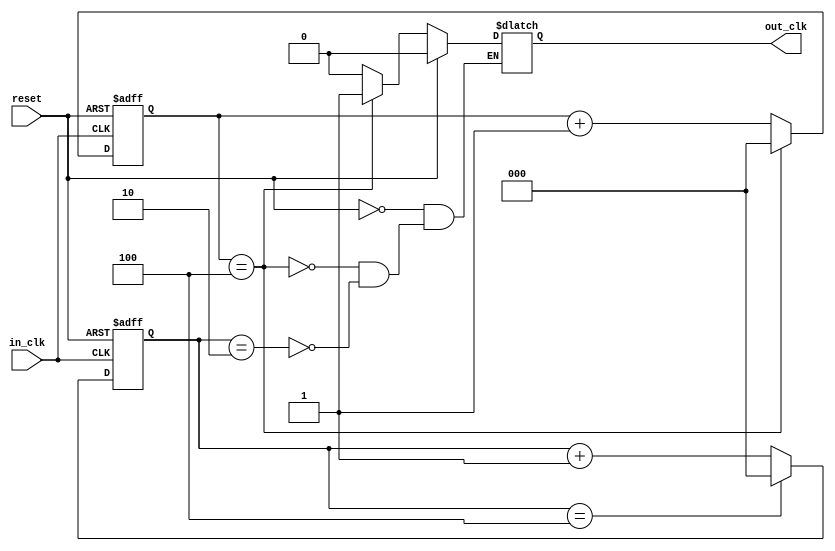
/*
 author  :       Wenky Jong
 Date    :       2021.05.16
 Address :       MianYang SWSUT
 Revision:       1st
 Description:    using verilog design a five-frequency divider circuit
 Contact:        wenkyjong1996@gmail.com
 */

module problem2 (
  input   wire    in_clk,
  input   wire    reset,
  output    reg   out_clk
  );

reg [2:0]cnt_div_up;
reg [2:0]cnt_div_down;


always @ (posedge in_clk or posedge reset) begin
  if (reset) begin
    cnt_div_up<=1'b0;
  end else begin
    if (cnt_div_up==3'd4) begin
        cnt_div_up<=1'b0;
    end else begin
        cnt_div_up<=cnt_div_up+1'b1;
    end
  end
end


always @ (negedge in_clk or posedge reset) begin
  if (reset) begin
    cnt_div_down<=1'b0;
  end else begin
    if (cnt_div_down==3'd4) begin
      cnt_div_down<=1'b0;
    end else begin
      cnt_div_down<=cnt_div_down+1'b1;
    end
  end
end

always @ ( * ) begin
  if (reset) begin
    out_clk<=1'b0;
  end else begin
    if (cnt_div_up==3'd4) begin
        out_clk<=1'b1;
    end else begin
      if (cnt_div_down==3'd2) begin
          out_clk<=1'b0;
      end else begin
          out_clk<=out_clk;
      end
    end
  end
end


endmodule // problem2